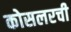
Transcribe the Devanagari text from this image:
कोसलरची